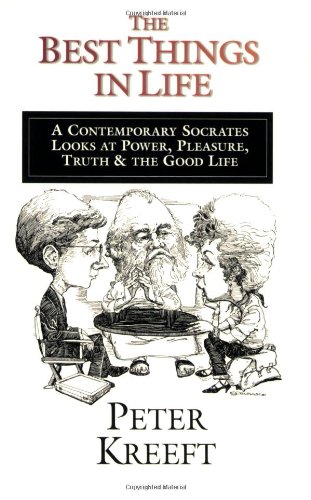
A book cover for The Best Things in Life; Peter Kreeft; Religion & Spirituality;